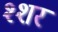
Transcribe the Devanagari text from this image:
श्शर